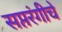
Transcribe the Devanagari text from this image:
सप्तरंगीचे